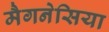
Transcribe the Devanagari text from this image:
मैगनेसिया